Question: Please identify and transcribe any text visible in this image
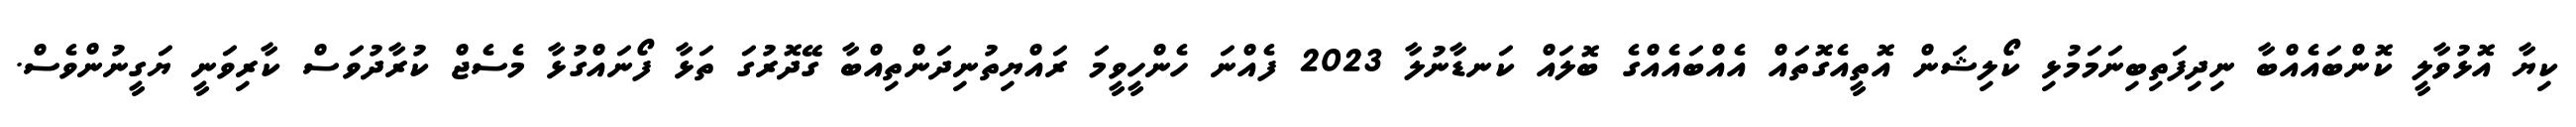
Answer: ކިޔާ އޮޅުވާލީ ކޮންބައެއްބާ ނިދިފަތިބިނަމަމުޅި ކޯލިޝަން އޮތީއެގޮތައް އެއްބައެއްގެ ބޮލައް ކަނޑާނުލާ 2023 ފެއްނަ ހެންހީވީމަ ރައްޔިތުނިދަންތިއްބާ ގޭދޮރުގަ ތަޅާ ފޯނައްގުޅާ މެސެޖް ކުރާދުވަސް ކާރިވަނީ ޔަގީނުންވެސް.